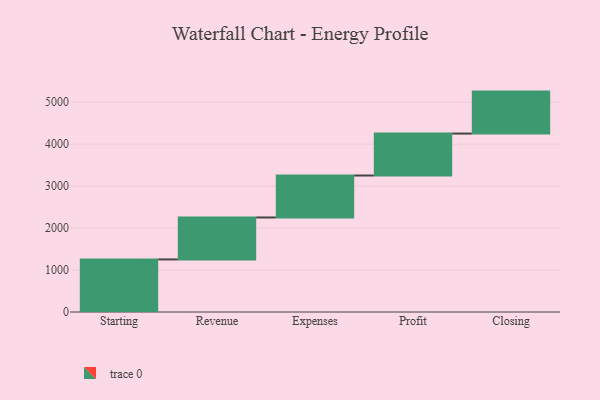
{"axis": {"x": "Step", "y": "Value"}, "legend": [""], "data": [{"x": "Starting", "y": 1253.0, "type": ""}, {"x": "Revenue", "y": 1000, "type": ""}, {"x": "Expenses", "y": 1000, "type": ""}, {"x": "Profit", "y": 1000, "type": ""}, {"x": "Closing", "y": 1000, "type": ""}]}